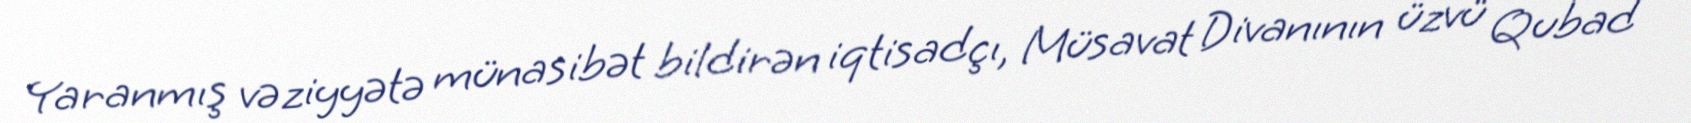
Yaranmış vəziyyətə münasibət bildirən iqtisadçı, Müsavat Divanının üzvü Qubad